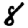
Digit: 8